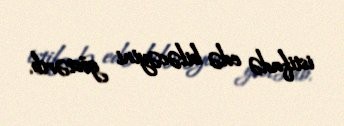
istifadə edə biləcəyini göstərib.